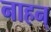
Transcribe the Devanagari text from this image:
नाहन्